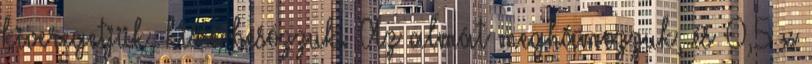
kiveregetjük, kissé besózzuk. Az almát meghámozzuk, és 0,5 x